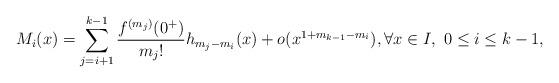
LaTeX: \begin{align*}M_i(x) = \sum_{j=i+1}^{k-1} \frac{f^{(m_j)}(0^+)}{m_j!} h_{m_j-m_i}(x) +o(x^{1+m_{k-1}-m_i}), \forall x \in I, \ 0 \leq i \leq k-1, \end{align*}